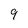
Character: 9